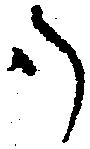
御